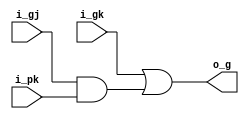
module grey_cell(
  input  wire i_gj,
  input  wire i_pk,
  input  wire i_gk,
  output wire o_g
);

assign o_g = i_gk | (i_gj & i_pk);

endmodule